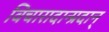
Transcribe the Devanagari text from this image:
विचारादान्प्रदान्